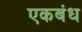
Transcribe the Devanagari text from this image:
एकबंध